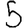
Digit: 5